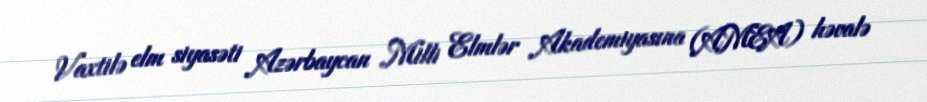
Vaxtilə elm siyasəti Azərbaycan Milli Elmlər Akademiyasına (AMEA) həvalə